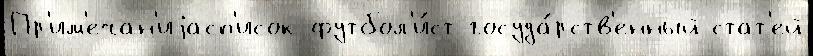
Пр'им'ечан'иjасп'исок футбол'и́ст госуда́рств'енный стат'ей